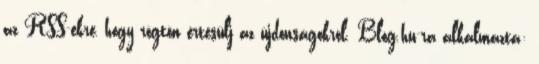
az RSS-ekre, hogy rögtön értesülj az újdonságokról. Blog.hu-ra alkalmazta: